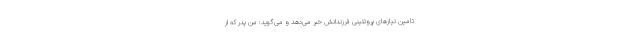
تامین نیازهای پروتئینی فرزندانش خبر می‌دهد و می‌گوید: منِ پدر که از